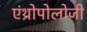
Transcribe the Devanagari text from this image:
एंथ्रोपोलोजी